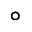
^ \circ